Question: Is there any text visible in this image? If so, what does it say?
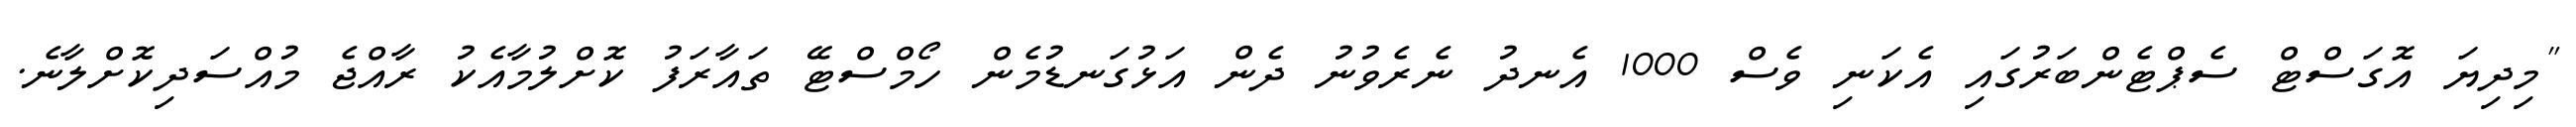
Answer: "މިދިޔަ އޮގަސްޓް ސެޕްޓެންބަރުގައި އެކަނި ވެސް 1000 އެނދު ނެރެވުނު ދެން އަޅުގަނޑުމެން ހޯމްސްޓޭ ތައާރަފު ކޮށްލުމާއެކު ރާއްޖެ މުއްސަދިކޮށްލާނެ.